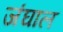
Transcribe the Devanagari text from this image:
जंघाल